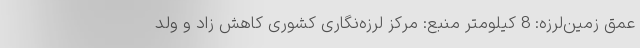
عمق زمین‌لرزه: 8 کیلومتر منبع: مرکز لرزه‌نگاری کشوری کاهش زاد و ولد